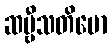
ဆဗ္ဗီသတိမော